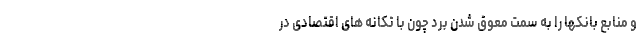
و منابع بانکها را به سمت معوق شدن برد چون با تکانه های اقتصادی در